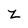
Character: Z